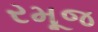
રમૂજ